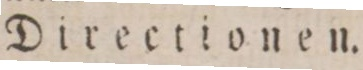
Directionen.